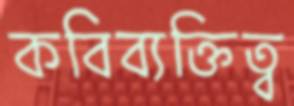
কবিব্যক্তিত্ব